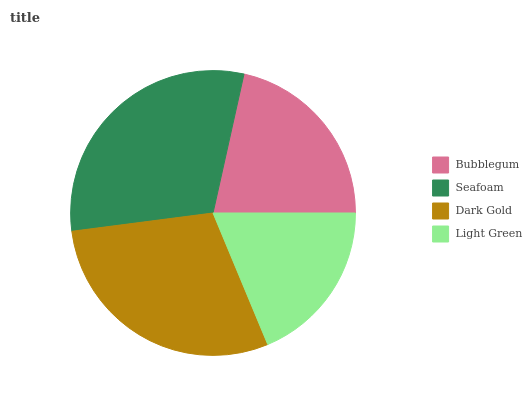
| Bubblegum | Seafoam | Dark Gold | Light Green |
 | --- | --- | --- | --- |
 | 21.5% | 30.5% | 29.3% | 18.8% |